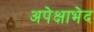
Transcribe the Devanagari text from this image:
अपेक्षाभेद